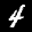
Label: 4